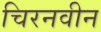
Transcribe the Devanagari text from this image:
चिरनवीन